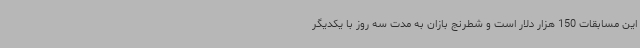
این مسابقات 150 هزار دلار است و شطرنج بازان به مدت سه روز با یکدیگر